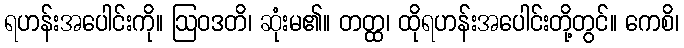
ရဟန်းအပေါင်းကို။ ဩဝဒတိ၊ ဆုံးမ၏။ တတ္ထ၊ ထိုရဟန်းအပေါင်းတို့တွင်။ ကေစိ၊